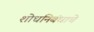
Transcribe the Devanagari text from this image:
शोधनिबंधाचे